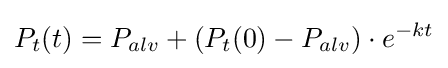
P_{t}(t)=P_{alv}+(P_{t}(0)-P_{alv})\cdot e^{-kt}